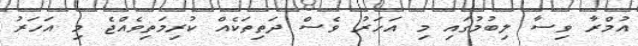
އުމްރާ ވިސާ ލިބުމުގައި މި އަހަރު ވެސް ދަތިތަކެއް ކުރިމަތިވެއްޖެ މި އަހަރު